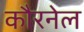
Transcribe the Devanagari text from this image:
कौरनेल